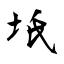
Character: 坁